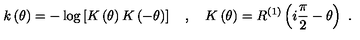
k \left( \theta \right) = - \log \left[ K \left( \theta \right) K \left( - \theta \right) \right] \quad , \quad K \left( \theta \right) = R ^ { ( 1 ) } \left( i \frac { \pi } { 2 } - \theta \right) \ .